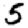
Digit: 5